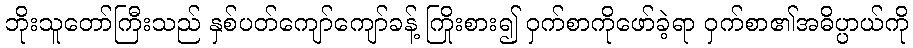
ဘိုးသူတော်ကြီးသည် နှစ်ပတ်ကျော်ကျော်ခန့် ကြိုးစား၍ ဝှက်စာကိုဖော်ခဲ့ရာ ဝှက်စာ၏အဓိပ္ပာယ်ကို